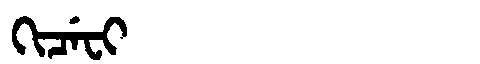
Manchu: ᡴᡳᠴᡝᠸᡳ
Romanization: KICEFI